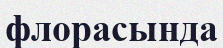
флорасында